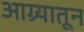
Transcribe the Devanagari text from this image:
आग्र्यातून